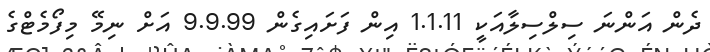
ދެން އަންނަ ސިލްސިލާއަކީ 1.1.11 އިން ފަށައިގެން 9.9.99 އަށް ނިމޭ މިފޯމެޓްގެ